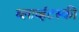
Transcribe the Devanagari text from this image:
ब्लाव्हॅटस्की